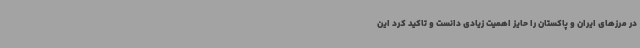
در مرزهای ایران و پاکستان را حایز اهمیت زیادی دانست و تاکید کرد این